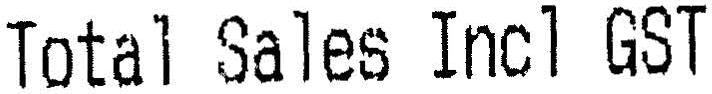
TOTAL SALES INCL GST